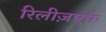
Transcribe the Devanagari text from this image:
रिलीज़एक